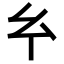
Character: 𢆯